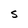
Character: S